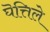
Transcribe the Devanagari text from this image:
घॆत्तिले